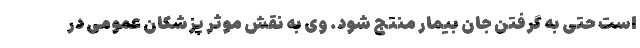
است حتی به گرفتن جان بیمار منتج شود. وی به نقش موثر پزشکان عمومی در